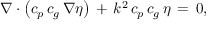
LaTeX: \nabla \cdot \left( c _ { p } \, c _ { g } \, \nabla \eta \right) \, + \, k ^ { 2 } \, c _ { p } \, c _ { g } \, \eta \, = \, 0 ,